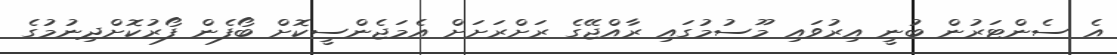
އެ ސެންޓަރުން ބުނީ އިރުވައި މޫސުމުގައި ރާއްޖޭގެ ރަށްރަށަށް އެމަޖެންސީކޮށް ބޯފެން ފޯރުކޮށްދިނުމުގެ